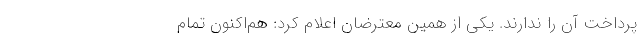
پرداخت آن را ندارند. یکی از همین معترضان اعلام کرد: هم‌اکنون تمام